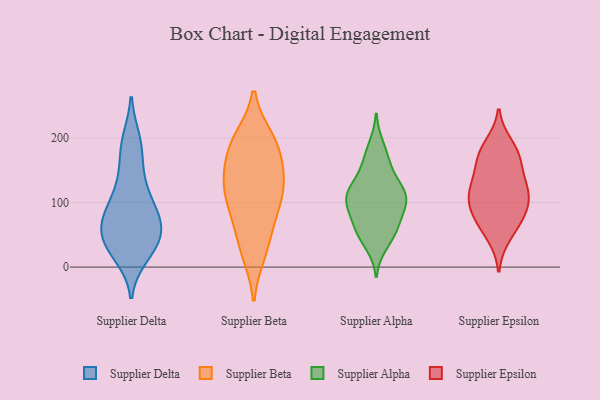
{"axis": {"x": "Tickets Resolved", "y": "Value"}, "legend": ["Supplier Alpha", "Supplier Beta", "Supplier Delta", "Supplier Epsilon"], "data": [{"x": "", "y": 46, "type": "Supplier Delta"}, {"x": "", "y": 123, "type": "Supplier Delta"}, {"x": "", "y": 89, "type": "Supplier Delta"}, {"x": "", "y": 197, "type": "Supplier Delta"}, {"x": "", "y": 33, "type": "Supplier Delta"}, {"x": "", "y": 123, "type": "Supplier Delta"}, {"x": "", "y": 177, "type": "Supplier Delta"}, {"x": "", "y": 83, "type": "Supplier Delta"}, {"x": "", "y": 69, "type": "Supplier Delta"}, {"x": "", "y": 65, "type": "Supplier Delta"}, {"x": "", "y": 39, "type": "Supplier Delta"}, {"x": "", "y": 65, "type": "Supplier Delta"}, {"x": "", "y": 52, "type": "Supplier Delta"}, {"x": "", "y": 18, "type": "Supplier Delta"}, {"x": "", "y": 99, "type": "Supplier Delta"}, {"x": "", "y": 154, "type": "Supplier Delta"}, {"x": "", "y": 75, "type": "Supplier Delta"}, {"x": "", "y": 31, "type": "Supplier Delta"}, {"x": "", "y": 23, "type": "Supplier Delta"}, {"x": "", "y": 196, "type": "Supplier Delta"}, {"x": "", "y": 141, "type": "Supplier Beta"}, {"x": "", "y": 199, "type": "Supplier Beta"}, {"x": "", "y": 197, "type": "Supplier Beta"}, {"x": "", "y": 26, "type": "Supplier Beta"}, {"x": "", "y": 130, "type": "Supplier Beta"}, {"x": "", "y": 97, "type": "Supplier Beta"}, {"x": "", "y": 75, "type": "Supplier Beta"}, {"x": "", "y": 165, "type": "Supplier Beta"}, {"x": "", "y": 103, "type": "Supplier Beta"}, {"x": "", "y": 124, "type": "Supplier Beta"}, {"x": "", "y": 128, "type": "Supplier Beta"}, {"x": "", "y": 21, "type": "Supplier Beta"}, {"x": "", "y": 177, "type": "Supplier Beta"}, {"x": "", "y": 194, "type": "Supplier Beta"}, {"x": "", "y": 60, "type": "Supplier Beta"}, {"x": "", "y": 54, "type": "Supplier Alpha"}, {"x": "", "y": 97, "type": "Supplier Alpha"}, {"x": "", "y": 157, "type": "Supplier Alpha"}, {"x": "", "y": 35, "type": "Supplier Alpha"}, {"x": "", "y": 121, "type": "Supplier Alpha"}, {"x": "", "y": 111, "type": "Supplier Alpha"}, {"x": "", "y": 105, "type": "Supplier Alpha"}, {"x": "", "y": 169, "type": "Supplier Alpha"}, {"x": "", "y": 80, "type": "Supplier Alpha"}, {"x": "", "y": 60, "type": "Supplier Alpha"}, {"x": "", "y": 187, "type": "Supplier Alpha"}, {"x": "", "y": 72, "type": "Supplier Alpha"}, {"x": "", "y": 109, "type": "Supplier Alpha"}, {"x": "", "y": 111, "type": "Supplier Alpha"}, {"x": "", "y": 50, "type": "Supplier Alpha"}, {"x": "", "y": 138, "type": "Supplier Alpha"}, {"x": "", "y": 109, "type": "Supplier Alpha"}, {"x": "", "y": 118, "type": "Supplier Epsilon"}, {"x": "", "y": 165, "type": "Supplier Epsilon"}, {"x": "", "y": 83, "type": "Supplier Epsilon"}, {"x": "", "y": 118, "type": "Supplier Epsilon"}, {"x": "", "y": 110, "type": "Supplier Epsilon"}, {"x": "", "y": 140, "type": "Supplier Epsilon"}, {"x": "", "y": 189, "type": "Supplier Epsilon"}, {"x": "", "y": 64, "type": "Supplier Epsilon"}, {"x": "", "y": 172, "type": "Supplier Epsilon"}, {"x": "", "y": 48, "type": "Supplier Epsilon"}, {"x": "", "y": 80, "type": "Supplier Epsilon"}, {"x": "", "y": 119, "type": "Supplier Epsilon"}, {"x": "", "y": 175, "type": "Supplier Epsilon"}, {"x": "", "y": 92, "type": "Supplier Epsilon"}]}